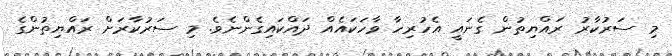
މި ސަރުކާރު ރައްޔިތުން ގެނައީ އެހުރިހާ ވާހަކައެއް ދައްކައިގެންނެވެ. މި ސަރުކާރަށް ރައްޔިތުންގެ